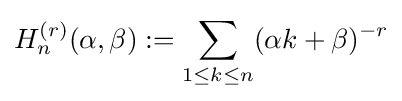
H_{n}^{(r)}(\alpha ,\beta ):=\sum _{1\leq k\leq n}(\alpha k+\beta )^{-r}